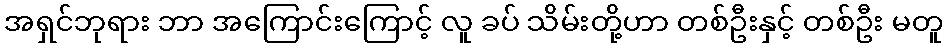
အရှင်ဘုရား ဘာ အကြောင်းကြောင့် လူ ခပ် သိမ်းတို့ဟာ တစ်ဦးနှင့် တစ်ဦး မတူ